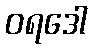
ဝရဒေါ